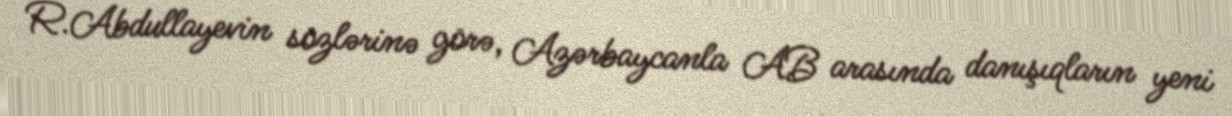
R.Abdullayevin sözlərinə görə, Azərbaycanla AB arasında danışıqların yeni